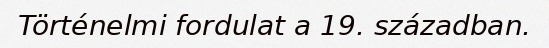
Történelmi fordulat a 19. században.